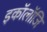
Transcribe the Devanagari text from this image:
इकॉलॉजि